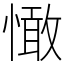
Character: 㦑